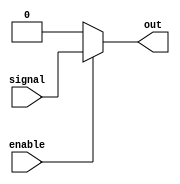
module buffer(
    input signal,
    input enable,
    output reg out
);

always @(signal, enable) begin
    if(enable)
        out <= signal;
    else
        out <= 1'b0; // output low when buffer is disabled
end

endmodule